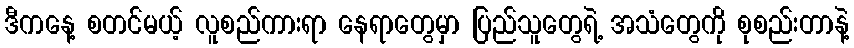
ဒီကနေ့ စတင်မယ့် လူစည်ကားရာ နေရာတွေမှာ ပြည်သူတွေရဲ့ အသံတွေကို စုစည်းတာနဲ့